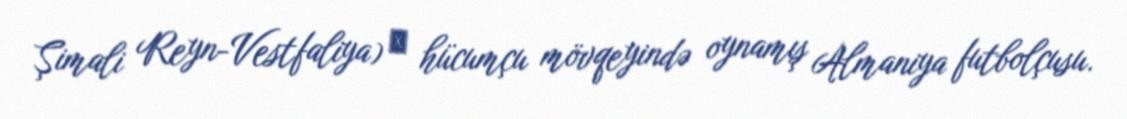
Şimali Reyn-Vestfaliya) ― hücumçu mövqeyində oynamış Almaniya futbolçusu.